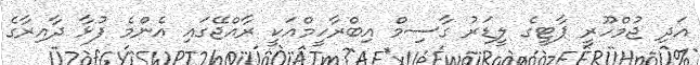
އަދި ޖުމްހޫރީ ޕާޓީގެ ލީޑަރު ގާސިމް އިބްރާހީމްއަކީ ރާއްޖޭގައި އެންމެ ފުޅާ ދާއިރާގެ